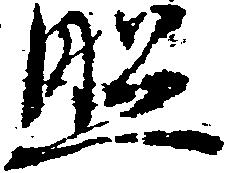
照